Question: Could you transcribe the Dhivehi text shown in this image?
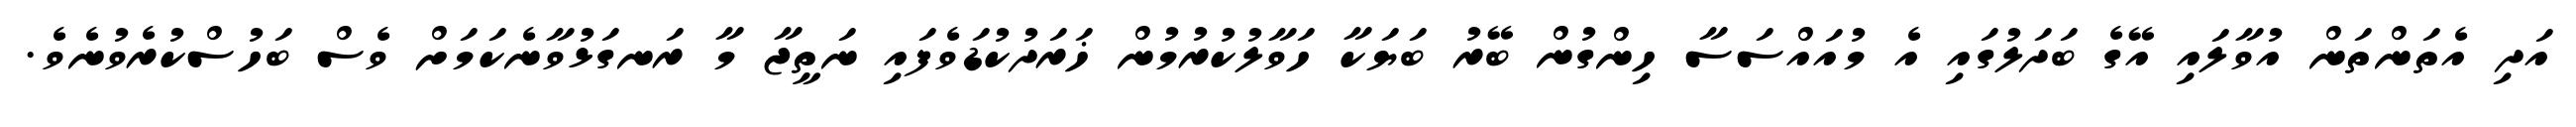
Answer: އަދި އެތަންތަން އުވާލައި އޭގެ ބަދަލުގައި އެ މުއައްސަސާ ހިންގުން ބޭރު ބަޔަކާ ހަވާލުކުރުމުން ޚަރަދުކުޑަވެފައި ނަތީޖާ މާ ރަނގަޅުވާނެކަމަށް ވެސް ބަހުސްކުރެވުނެވެ.